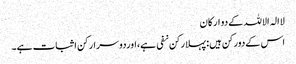
لاالہ الاللہ کےدو ارکان
اس کےدورکن ہیں: پہلارکن نفی ہے،اوردوسرارکن اثبات ہے۔